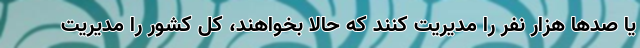
یا صدها هزار نفر را مدیریت کنند که حالا بخواهند، کل کشور را مدیریت